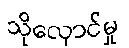
သိုလှောင်မှု